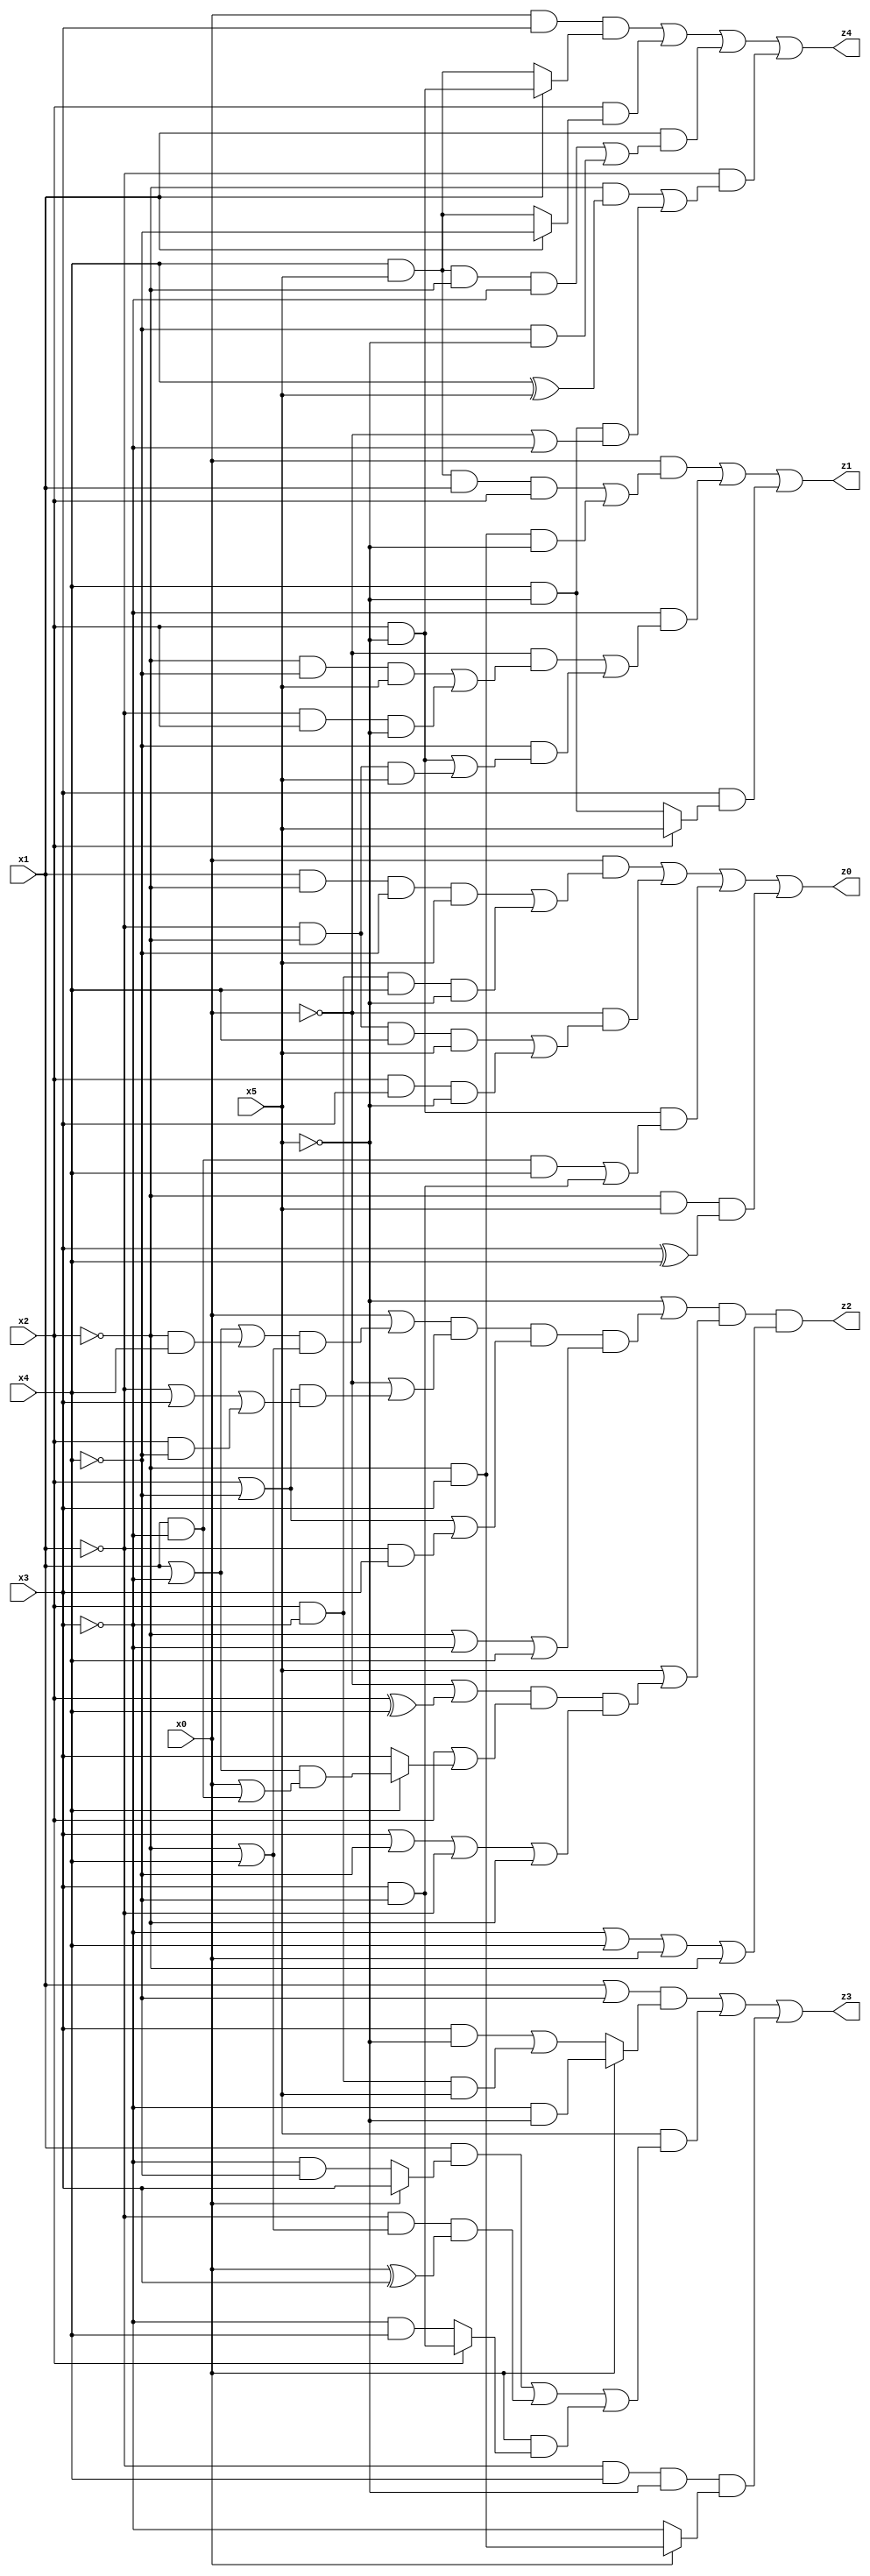
// Benchmark "q_5" written by ABC on Fri Jul 07 23:50:49 2023

module q_5 ( 
    x0, x1, x2, x3, x4, x5,
    z0, z1, z2, z3, z4  );
  input  x0, x1, x2, x3, x4, x5;
  output z0, z1, z2, z3, z4;
  assign z0 = (x0 & ((x1 & ~x2 & ~x4 & x5) | (x2 & ~x3 & x4 & ~x5))) | (~x0 & ((~x1 & ~x2 & x4 & x5) | (x2 & x3 & ~x5))) | (x2 & ~x5 & ((x1 & ~x3 & x4) | (x3 & ~x4))) | (~x2 & x5 & (x3 ^ x4));
  assign z1 = (x0 & ((x4 & x5 & x1 & x2) | (~x2 & x3 & ~x5))) | (~x3 & ((~x0 & ((~x2 & ~x4 & x5) | (~x1 & x2 & ~x5))) | (~x4 & ((x2 & ~x5) | (~x1 & ~x2 & x5))))) | (x3 & (x2 ? x5 : (x4 & ~x5)));
  assign z2 = (~x5 | ((x0 | ((x1 | ~x3 | (~x2 & x4)) & (~x2 | x4))) & (~x0 | ((x2 | ~x4) & (~x1 | x3 | (x2 & ~x4)))) & (x2 | ~x4 | (~x1 & x3)) & (~x2 | ~x3 | x4))) & (x5 | ((~x0 | (x2 ^ x4)) & (x2 | (x4 ? ((x1 | ~x3) & (x0 | (x1 & ~x3))) : x3)) & (x3 | ~x4 | ~x1 | ~x2))) & (~x3 | x4 | x0 | ~x2);
  assign z3 = ((x1 | ~x4) & (x0 ? (~x3 & ~x5) : ((x3 & ~x5) | (x2 & ~x3 & x5)))) | (x5 & ((x1 & (x0 ? x3 : (~x3 & ~x4))) | (~x1 & (~x2 | x4) & (x0 ^ x3)) | (x0 & (x2 ? (x3 & ~x4) : (~x3 & x4))))) | (~x1 & x4 & ~x5 & (x0 ? (~x2 & x3) : ~x3));
  assign z4 = (x0 & x3 & (x1 ? (x2 & ~x5) : (x4 & x5))) | (x2 & (x1 ? ~x4 : (x4 & x5))) | (x1 & ((x4 & x5 & ~x2 & ~x3) | (~x4 & ~x5))) | (~x1 & ((~x2 & (x4 ^ x5)) | (x4 & ~x5 & (~x0 | ~x3))));
endmodule